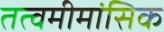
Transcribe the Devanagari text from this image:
तत्वमीमांसिक